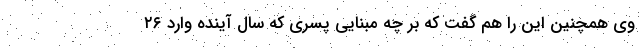
وی همچنین این را هم گفت که بر چه مبنایی پسری که سال آینده وارد ۲۶